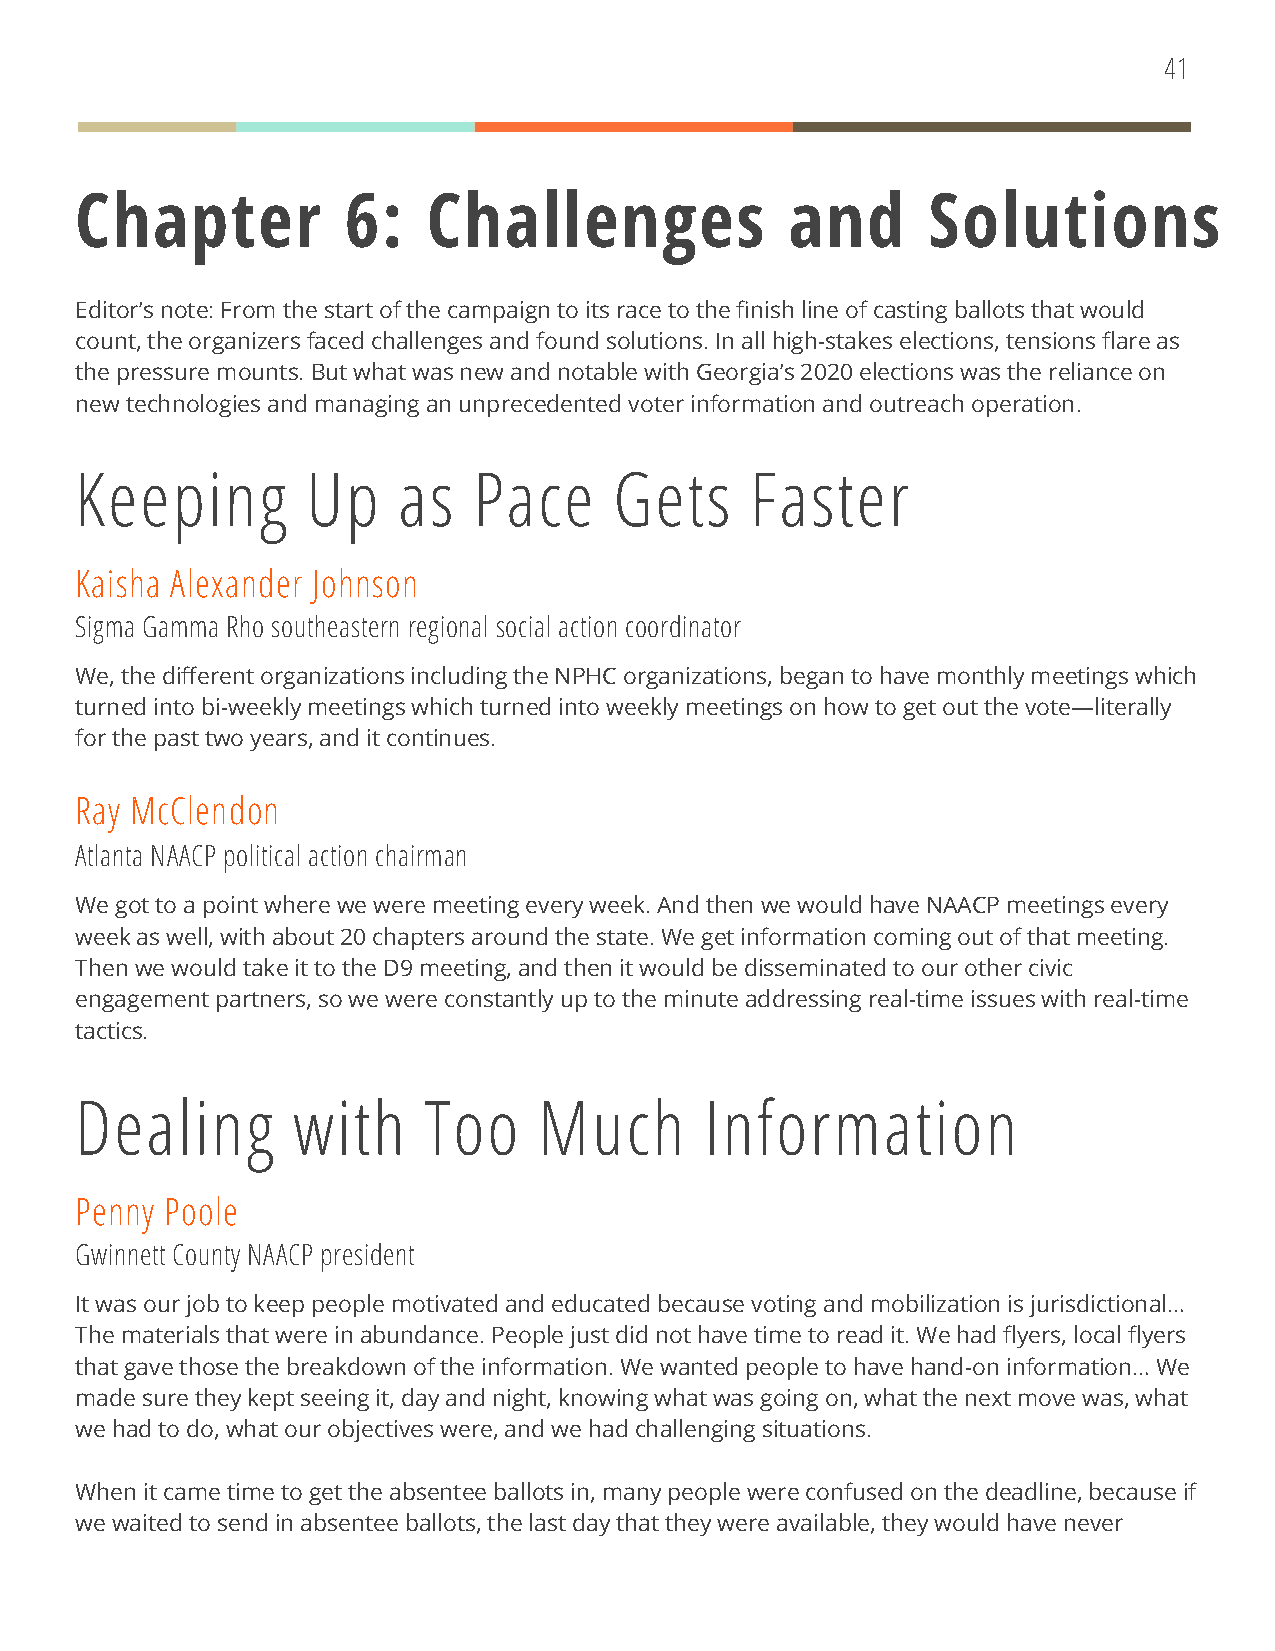
41
 Chapter           6:   Challenges              and      Solutions
 Editor’s note: From the start of the campaign to its race to the finish line of casting ballots that would
 count, the organizers faced challenges and found solutions. In all high-stakes elections, tensions flare as
 the pressure mounts. But what was new and notable with Georgia’s 2020 elections was the reliance on
 new technologies and managing an unprecedented voter information and outreach operation.
 Keeping        Up    as   Pace      Gets     Faster
 Kaisha Alexander Johnson
 Sigma Gamma Rho southeastern regional social action coordinator
 We, the different organizations including the NPHC organizations, began to have monthly meetings which
 turned into bi-weekly meetings which turned into weekly meetings on how to get out the vote—literally
 for the past two years, and it continues.
 Ray McClendon
 Atlanta NAACP political action chairman
 We got to a point where we were meeting every week. And then we would have NAACP meetings every
 week as well, with about 20 chapters around the state. We get information coming out of that meeting.
 Then we would take it to the D9 meeting, and then it would be disseminated to our other civic
 engagement partners, so we were constantly up to the minute addressing real-time issues with real-time
 tactics.
 Dealing       with     Too     Much       Information
 Penny Poole
 Gwinnett County NAACP president
 It was our job to keep people motivated and educated because voting and mobilization is jurisdictional…
 The materials that were in abundance. People just did not have time to read it. We had flyers, local flyers
 that gave those the breakdown of the information. We wanted people to have hand-on information… We
 made sure they kept seeing it, day and night, knowing what was going on, what the next move was, what
 we had to do, what our objectives were, and we had challenging situations.
 When it came time to get the absentee ballots in, many people were confused on the deadline, because if
 we waited to send in absentee ballots, the last day that they were available, they would have never